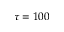
\tau = 1 0 0